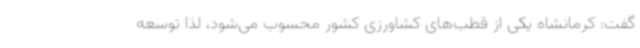
گفت: کرمانشاه یکی از قطب‌های کشاورزی کشور محسوب می‌شود، لذا توسعه